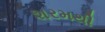
શરમથી